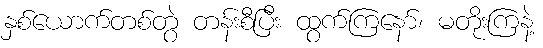
နှစ်ယောက်တစ်တွဲ တန်းစီပြီး ထွက်ကြနော်၊ မတိုးကြနဲ့